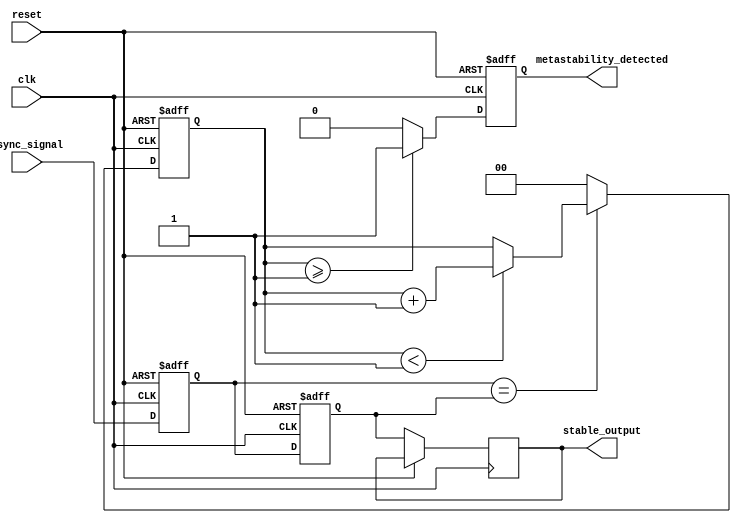
module metastability_detector (
    input wire clk,                     // Synchronous clock signal
    input wire reset,                   // Asynchronous reset signal
    input wire async_signal,            // Asynchronous input signal
    output reg metastability_detected,  // Metastability detection flag
    output reg stable_output             // Stable output from the second flip-flop
);

    // Internal signals
    reg ff1_out;                        // Output of the first flip-flop
    reg ff2_out;                        // Output of the second flip-flop
    reg pulse;                          // Pulse signal for metastability detection
    reg [1:0] stable_counter;           // Counter to track stability

    // Parameters
    parameter STABILITY_THRESHOLD = 2;  // Number of clock cycles to consider stable

    // Sampling Flip-Flops
    always @(posedge clk or posedge reset) begin
        if (reset) begin
            ff1_out <= 1'b0;
            ff2_out <= 1'b0;
            metastability_detected <= 1'b0;
            stable_counter <= 2'b0;
            pulse <= 1'b0;
        end else begin
            ff1_out <= async_signal; // Sample async_signal
            ff2_out <= ff1_out;      // Sample output of the first flip-flop
            
            // Generate pulse when ff1_out changes
            if (ff1_out != ff2_out) begin
                pulse <= 1'b1; // Pulse generated
            end else begin
                pulse <= 1'b0; // No pulse
            end
            
            // Update stable counter
            if (ff1_out == ff2_out) begin
                if (stable_counter < STABILITY_THRESHOLD - 1) begin
                    stable_counter <= stable_counter + 1;
                end
            end else begin
                stable_counter <= 2'b0; // Reset counter on change
            end
            
            // Detect metastability if counter exceeds threshold
            if (stable_counter >= STABILITY_THRESHOLD - 1) begin
                metastability_detected <= 1'b1; // Metastability detected
            end else begin
                metastability_detected <= 1'b0; // No metastability detected
            end
            
            // Output stable value
            stable_output <= ff2_out;
        end
    end

endmodule